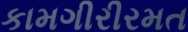
કામગીરીરમત